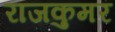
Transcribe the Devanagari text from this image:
राजकुमर